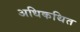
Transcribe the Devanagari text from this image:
अधिकथित